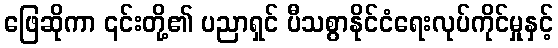
ဖြေဆိုကာ ၎င်းတို့၏ ပညာရှင် ပီသစွာနိုင်ငံရေးလုပ်ကိုင်မှုနှင့်